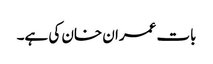
بات عمران خان کی ہے۔